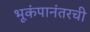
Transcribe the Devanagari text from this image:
भूकंपानंतरची